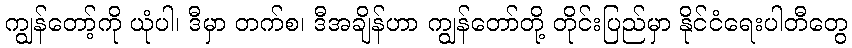
ကျွန်တော့်ကို ယုံပါ၊ ဒီမှာ တက်စ၊ ဒီအချိန်ဟာ ကျွန်တော်တို့ တိုင်းပြည်မှာ နိုင်ငံရေးပါတီတွေ